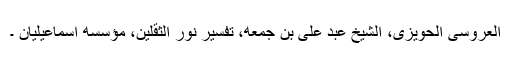
العروسى الحويزى، الشيخ عبد على بن جمعه، تفسير نور الثقلين، مؤسسه اسماعيليان ۔